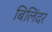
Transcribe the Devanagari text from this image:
बिलिंदर